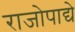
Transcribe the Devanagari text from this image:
राजोपाद्ये